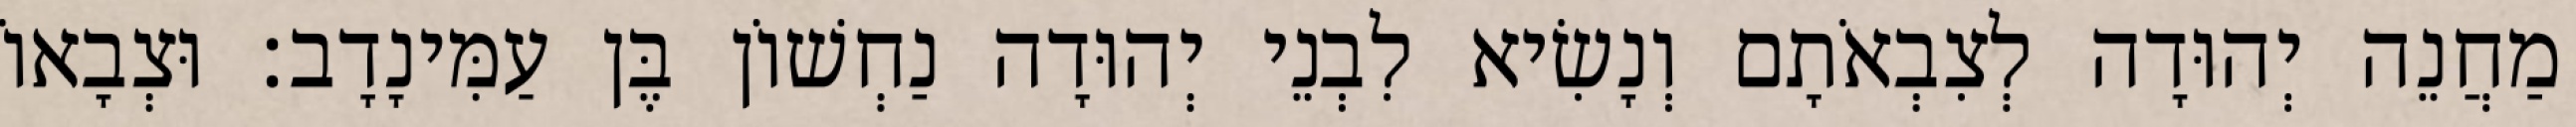
מַחֲנֵה יְהוּדָה לְצִבְאֹתָם וְנָשִׂיא לִבְנֵי יְהוּדָה נַחְשׁוֹן בֶּן עַמִּינָדָב׃ וּצְבָאוֹ